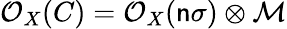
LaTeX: {\cal{O}}_{X}(C)={\cal{O}}_{X}(\mathsf{n}\sigma)\otimes{\cal{M}}